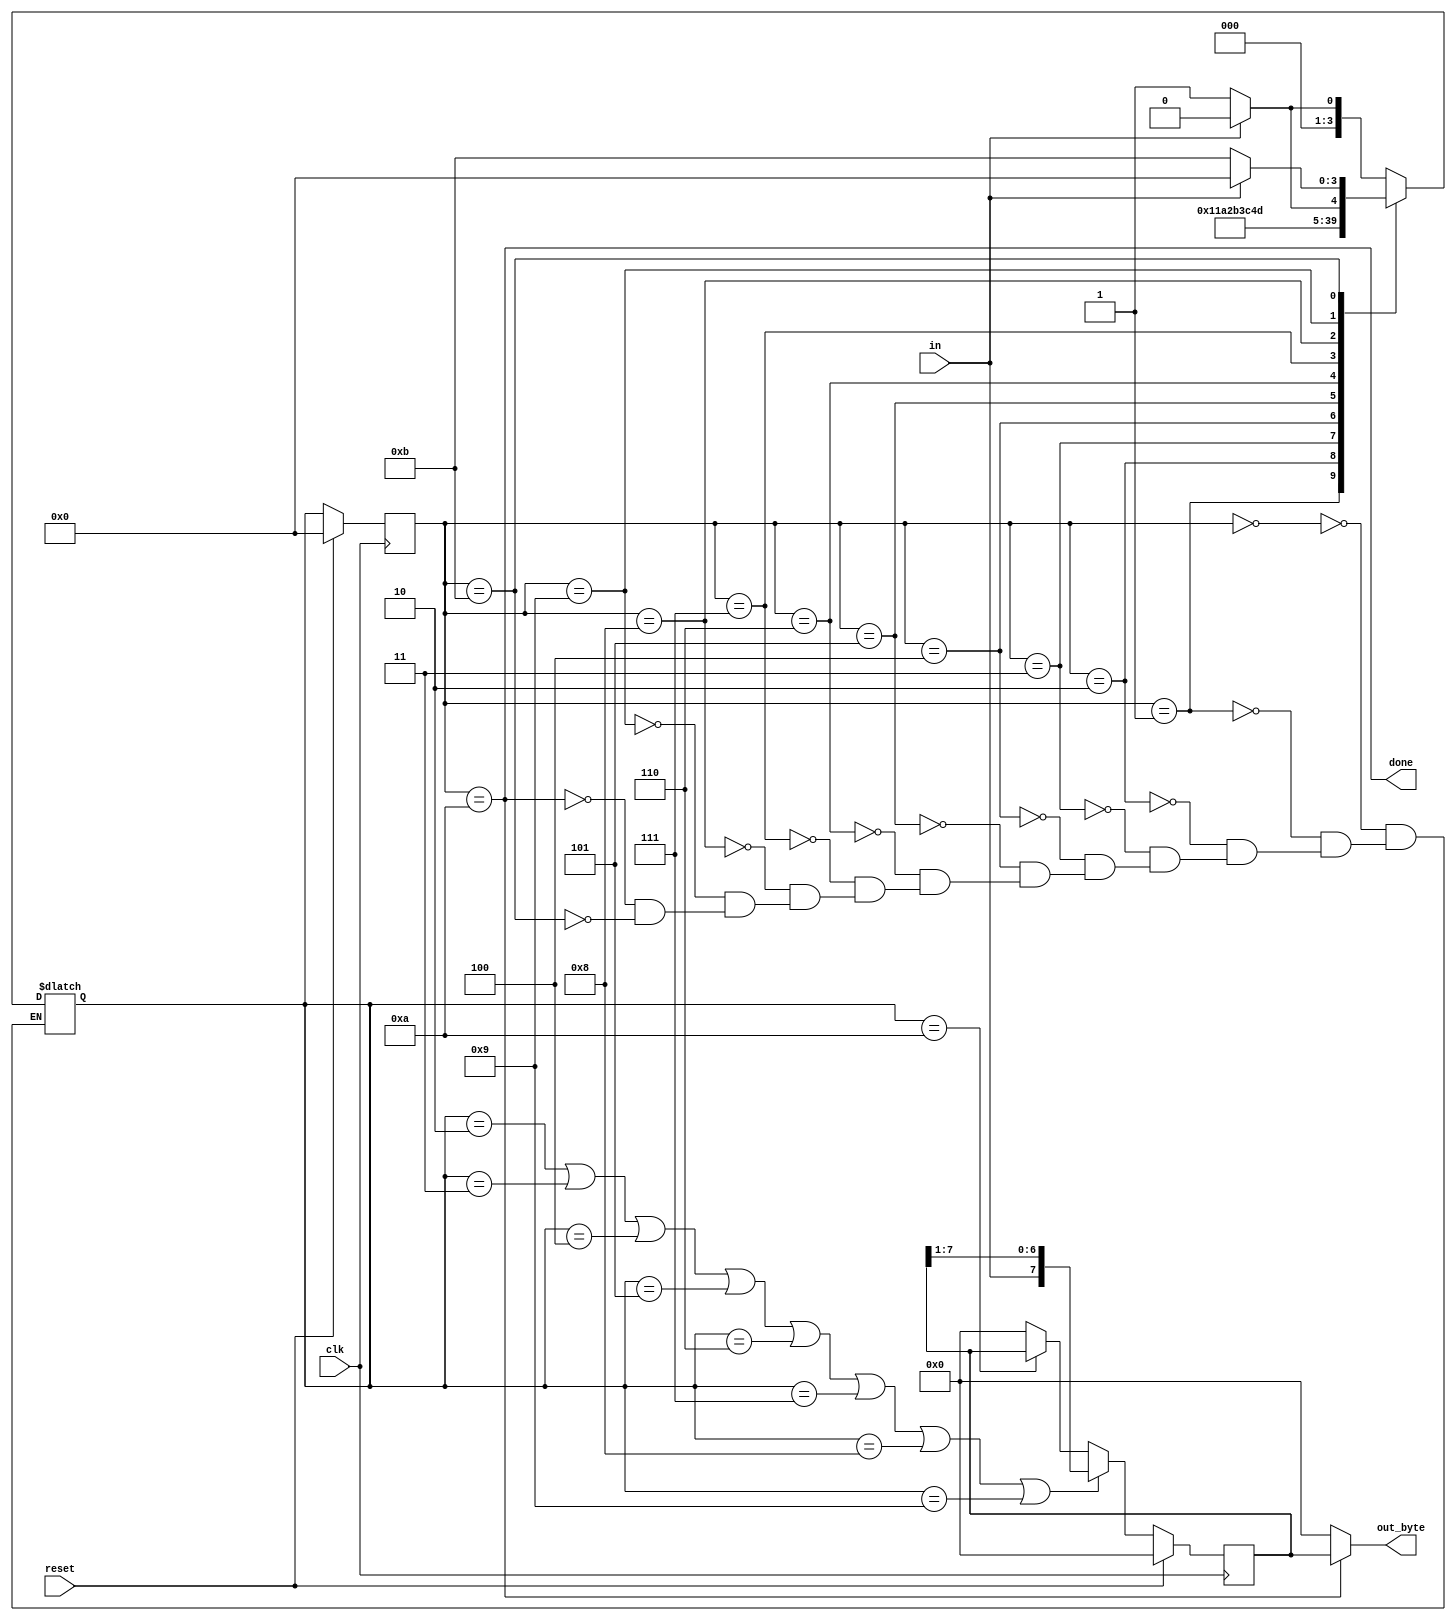
module top_module(
    input clk,
    input in,
    input reset,    // Synchronous reset
    output [7:0] out_byte,
    output done
); //

    // Use FSM from Fsm_serial
    parameter idle = 4'd0, start = 4'd1, trans0 = 4'd2, trans1 = 4'd3, trans2 = 4'd4, trans3 = 4'd5;
    parameter trans4 = 4'd6, trans5 = 4'd7, trans6 = 4'd8, trans7 = 4'd9, stop = 4'd10, error = 4'd11;
    reg	[3:0]	state, next_state;
    reg	[7:0]	data;
    
    always@(*) begin
        case(state)
            idle: begin
                if(~in)
                    next_state = start;
                else
                    next_state = idle;
            end
            start: 	next_state = trans0;
            trans0:	next_state = trans1;
            trans1:	next_state = trans2;
            trans2:	next_state = trans3;
            trans3:	next_state = trans4;
            trans4:	next_state = trans5;
            trans5:	next_state = trans6;
            trans6:	next_state = trans7;
            trans7: begin
                if(in)
                    next_state = stop;
                else
                    next_state = error;
            end
            stop: begin
                if(in)
                	next_state = idle;
                else
                    next_state = start;
            end
            error: begin
                if(in)
                    next_state = idle;
                else
                    next_state = error;
            end
        endcase
    end
    
    always@(posedge clk) begin
        if(reset)
            state <= idle;
        else
            state <= next_state;
    end
    
    assign	done = (state == stop);

    // New: Datapath to latch input bits.
    always@(posedge clk) begin
        if(reset)
            data <= 8'd0;
        else begin
            if(next_state == trans0 || next_state == trans1 || next_state == trans2 || next_state == trans3 || next_state == trans4 || next_state == trans5 || next_state == trans6 || next_state == trans7)
                data <= {in, data[7:1]}; //wtf???
       		else if(next_state == stop)
            	data <= data;
        	else
            	data <= 8'd0;
        end
    end
    
    assign	out_byte = (state == stop)?data:8'd0;
    
endmodule